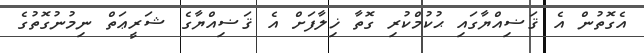
އެގޮތުން އެ ޤަޟިއްޔާގައި ޙުކުމްކުރި ގޮތާ ޚިލާފަށް އެ ޤަޟިއްޔާގެ ޝަރީޢަތް ނިމުނުގޮތުގެ